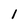
Character: 1